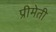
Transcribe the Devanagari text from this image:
प्रीमेती